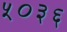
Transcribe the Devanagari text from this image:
५०३६